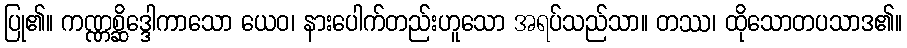
ပြု၏။ ကဏ္ဏစ္ဆိဒ္ဒေါကာသော ယေဝ၊ နားပေါက်တည်းဟူသော အရပ်သည်သာ။ တဿ၊ ထိုသောတပသာဒ၏။